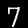
Digit: 7